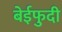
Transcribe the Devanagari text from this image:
बेईफुदी